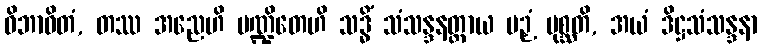
ဝိဘာဝိတံ, တဿ အညေဟိ ပဏ္ဍိတေဟိ သဒ္ဓိံ သံသန္ဒနတ္ထာယ ပဉှံ ပုစ္ဆတိ, အယံ ဒိဋ္ဌသံသန္ဒနာ